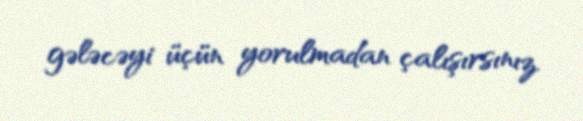
gələcəyi üçün yorulmadan çalışırsınız.